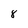
Character: 8